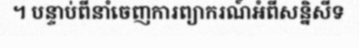
។ បន្ទាប់ពីនាំចេញការព្យាករណ៍អំពីសន្និសីទ